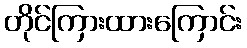
တိုင်ကြားထားကြောင်း